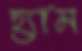
হ্যাম